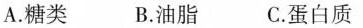
A.糖类 B.油脂 C.蛋白质